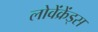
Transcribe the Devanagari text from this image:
लोवेंक्रेंड्स